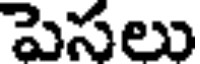
పెసలు